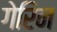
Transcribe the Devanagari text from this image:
गेरिन